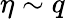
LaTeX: \eta\sim q